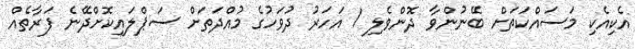
އެކިއެކި މަސައްކަތަށް ބޭނުންވާ ދޮންވެލި 1 އަހަރު ދުވަހުގެ މުއްދަތަށް ސަޕްލައިކޮށްދޭނެ ފަރާތެއް